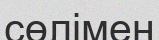
сөлімен